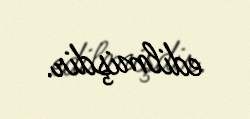
edilmişdir.